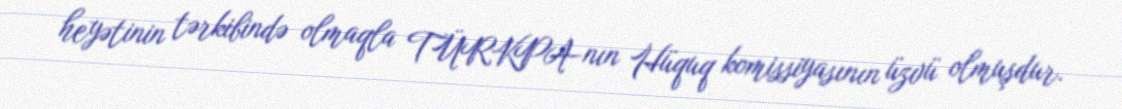
heyətinin tərkibində olmaqla TÜRKPA-nın Hüquq komissiyasının üzvü olmuşdur.